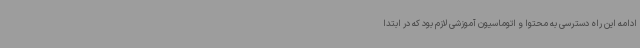
ادامه این راه دسترسی به محتوا و اتوماسیون آموزشی لازم بود که در ابتدا